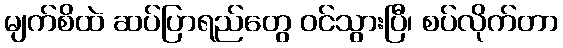
မျက်စိထဲ ဆပ်ပြာရည်တွေ ဝင်သွားပြီ၊ စပ်လိုက်တာ